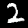
Label: 2